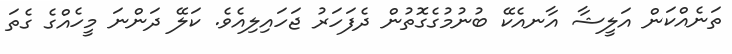
ތަނެއްކަން އަލީޝާ އާނއެކޭ ބުނުމުގެގޮތުން ދެފަހަރު ޖަހައިލިއެވެ. ކަލޭ ދަންނަ މީހެއްގެ ގެތަ